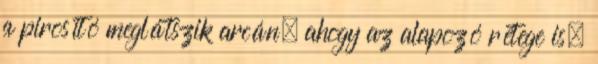
a pirosító meglátszik arcán, ahogy az alapozó rétege is.